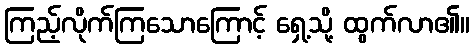
ကြည့်လိုက်ကြသောကြောင့် ရှေ့သို့ ထွက်လာ၏။